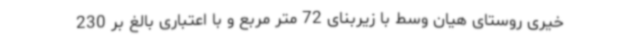
خیری روستای هیان وسط با زیربنای 72 متر مربع و با اعتباری بالغ بر 230